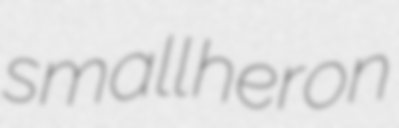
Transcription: small heron